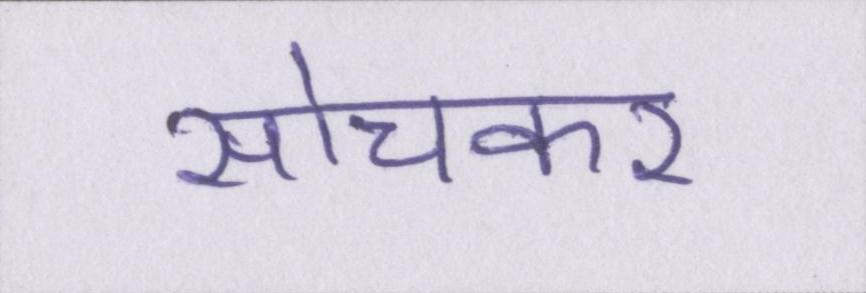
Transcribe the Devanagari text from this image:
सोचकर